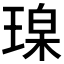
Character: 𪻼